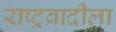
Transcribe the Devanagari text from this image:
राष्ट्रवादीला